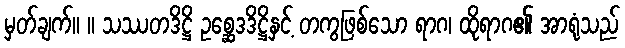
မှတ်ချက်။ ။ သဿတဒိဋ္ဌိ ဥစ္ဆေဒဒိဋ္ဌိနှင့် တကွဖြစ်သော ရာဂ၊ ထိုရာဂ၏ အာရုံသည်